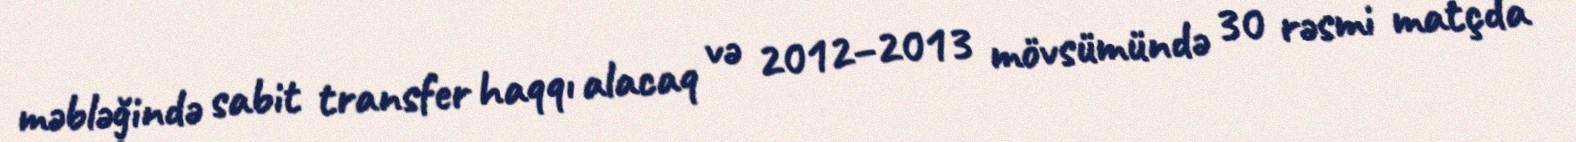
məbləğində sabit transfer haqqı alacaq və 2012–2013 mövsümündə 30 rəsmi matçda